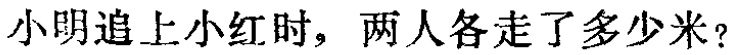
小明追上小红时，两人各走了多少米？